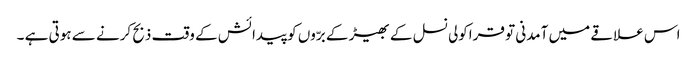
اس علاقے میں آمدنی تو قراکولی نسل کے بھیڑ کے برّوں کو پیدائش کے وقت ذبح کرنے سے ہوتی ہے ۔